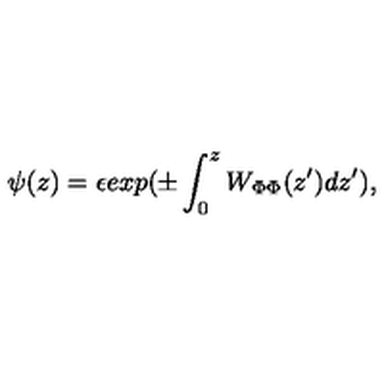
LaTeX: \psi ( z ) = \epsilon e x p ( \pm \int _ { 0 } ^ { z } W _ { \Phi \Phi } ( z ^ { \prime } ) d z ^ { \prime } ) ,